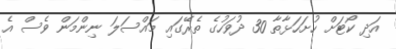
އަދި ކޯޓަށް ހުށަހަޅާތާ 30 ދުވަހުގެ ތެރޭގައި މައްސަލަ ނިންމަން ވެސް އެ